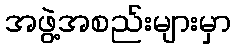
အဖွဲ့အစည်းများမှာ